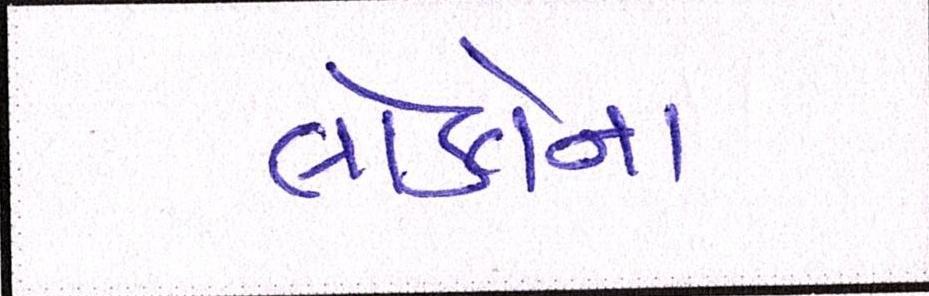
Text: લોકોના